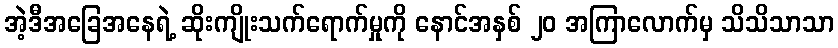
အဲ့ဒီအခြေအနေရဲ့ ဆိုးကျိုးသက်ရောက်မှုကို နောင်အနှစ် ၂၀ အကြာလောက်မှ သိသိသာသာ